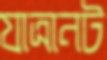
যাত্রানট